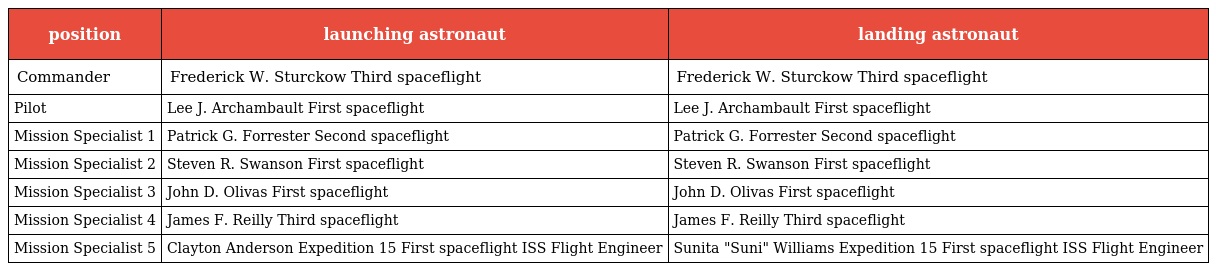
| position | launching astronaut | landing astronaut |
 | --- | --- | --- |
 | Commander | Frederick W. Sturckow Third spaceflight | Frederick W. Sturckow Third spaceflight |
 | Pilot | Lee J. Archambault First spaceflight | Lee J. Archambault First spaceflight |
 | Mission Specialist 1 | Patrick G. Forrester Second spaceflight | Patrick G. Forrester Second spaceflight |
 | Mission Specialist 2 | Steven R. Swanson First spaceflight | Steven R. Swanson First spaceflight |
 | Mission Specialist 3 | John D. Olivas First spaceflight | John D. Olivas First spaceflight |
 | Mission Specialist 4 | James F. Reilly Third spaceflight | James F. Reilly Third spaceflight |
 | Mission Specialist 5 | Clayton Anderson Expedition 15 First spaceflight ISS Flight Engineer | Sunita "Suni" Williams Expedition 15 First spaceflight ISS Flight Engineer |